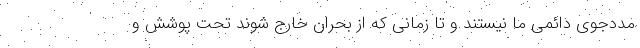
مددجوی دائمی ما نیستند و تا زمانی که از بحران خارج شوند تحت پوشش و